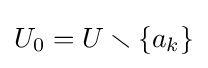
U_{0}=U\smallsetminus \{a_{k}\}